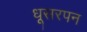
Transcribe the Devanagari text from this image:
धूसरपन